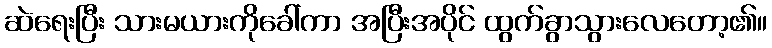
ဆဲရေးပြီး သားမယားကိုခေါ်ကာ အပြီးအပိုင် ထွက်ခွာသွားလေတော့၏။